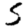
Digit: 5